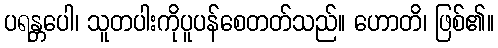
ပရန္တပေါ၊ သူတပါးကိုပူပန်စေတတ်သည်။ ဟောတိ၊ ဖြစ်၏။